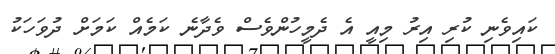
ކައިވެނި ކުރި އިރު މިއީ އެ ދެމީހުންވެސް ވެދާނެ ކަމެއް ކަމަށް ދުވަހަކު